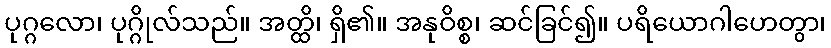
ပုဂ္ဂလော၊ ပုဂ္ဂိုလ်သည်။ အတ္ထိ၊ ရှိ၏။ အနုဝိစ္စ၊ ဆင်ခြင်၍။ ပရိယောဂါဟေတွာ၊